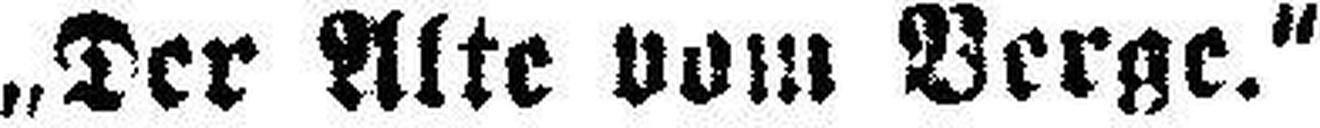
„Der Alte vom Verge.“